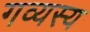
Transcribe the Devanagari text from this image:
गव्यस्य